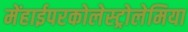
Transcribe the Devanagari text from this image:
मेंहाईपरकोलेस्ट्रोलेमिया